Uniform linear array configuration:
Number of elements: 32
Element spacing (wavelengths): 0.5
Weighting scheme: binomial
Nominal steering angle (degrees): -45
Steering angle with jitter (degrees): -44.154
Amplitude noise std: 0.05
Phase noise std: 0.05

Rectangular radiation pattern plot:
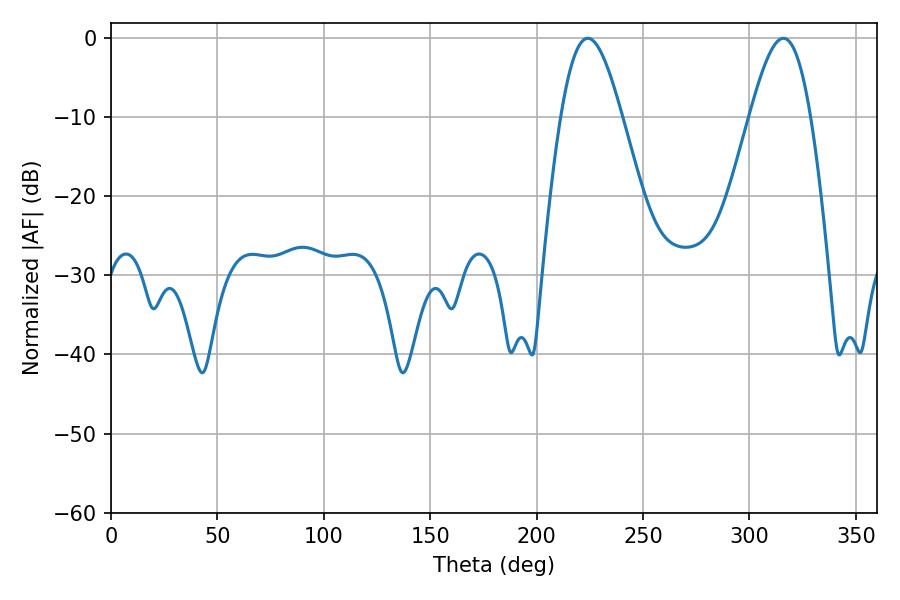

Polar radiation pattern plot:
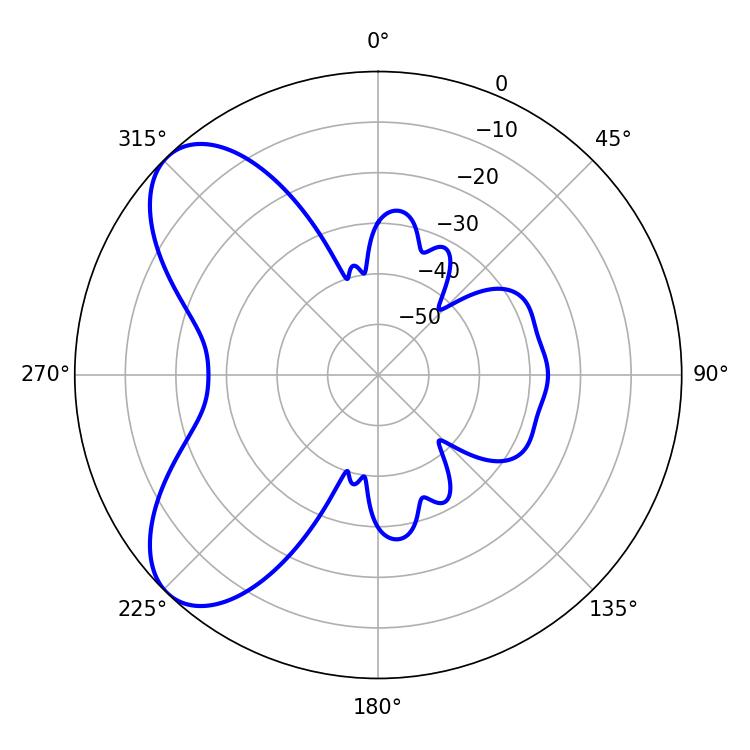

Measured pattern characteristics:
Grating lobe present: FALSE
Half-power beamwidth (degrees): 15.3
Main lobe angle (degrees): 224.1